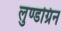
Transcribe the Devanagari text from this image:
लुण्डग्रिन